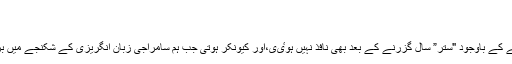
محترمہ عفت خان*
*اردو رو بہ زوال کیوں*
اردو ہماری قومی زبان ہونے کے باوجود "ستر” سال گزرنے کے بعد بھی نافذ نہیں ہوٸی،اور کیونکر ہوتی جب ہم سامراجی زبان انگریزی کے شکنجے میں بری طرح پھنس گٸے ہیں۔